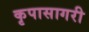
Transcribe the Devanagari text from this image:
कृपासागरी